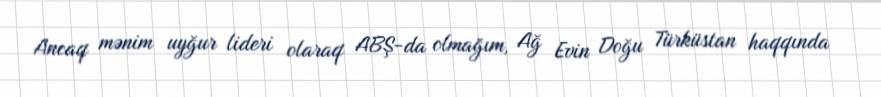
Ancaq mənim uyğur lideri olaraq ABŞ-da olmağım, Ağ Evin Doğu Türküstan haqqında